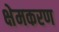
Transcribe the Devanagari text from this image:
क्षेमकरण